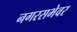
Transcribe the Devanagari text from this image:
नगरसभेवर